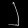
Digit: ၂